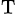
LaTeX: _\mathrm{T}